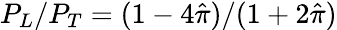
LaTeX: P_{L}/P_{T}=(1-4\hat{\pi})/(1+2\hat{\pi})